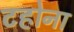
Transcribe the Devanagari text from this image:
टहोना